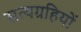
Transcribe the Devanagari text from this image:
सत्यग्रहियों